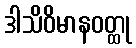
ဒါသိဝိမာနဝတ္ထု